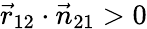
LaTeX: \vec{r}_{12}\cdot\vec{n}_{21}>0